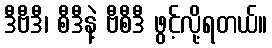
ဒီဗီဒီ၊ စီဒီနဲ့ ဗီစီဒီ ဖွင့်လို့ရတယ်။